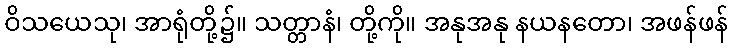
ဝိသယေသု၊ အာရုံတို့၌။ သတ္တာနံ၊ တို့ကို။ အနုအနု နယနတော၊ အဖန်ဖန်